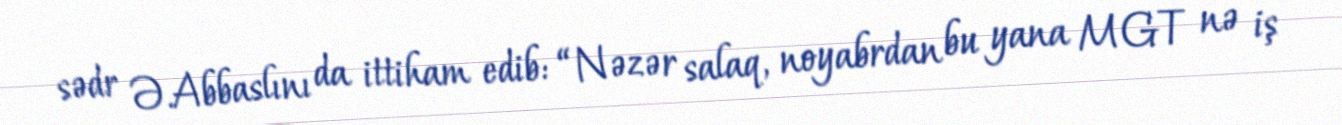
sədr Ə.Abbaslını da ittiham edib: “Nəzər salaq, noyabrdan bu yana MGT nə iş